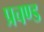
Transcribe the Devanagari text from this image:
प्रचण्‍ड